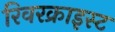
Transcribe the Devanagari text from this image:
रिवरक्राइस्ट